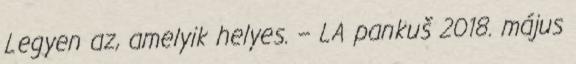
Legyen az, amelyik helyes. – LA pankuš 2018. május